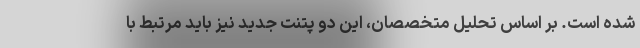
شده است. بر اساس تحلیل متخصصان، این دو پتنت جدید نیز باید مرتبط با